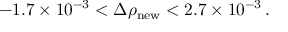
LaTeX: - 1 . 7 \times 1 0 ^ { - 3 } < \Delta \rho _ { \mathrm { n e w } } < 2 . 7 \times 1 0 ^ { - 3 } \, .